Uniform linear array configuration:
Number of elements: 12
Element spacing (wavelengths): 0.5
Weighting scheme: uniform
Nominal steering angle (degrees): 30
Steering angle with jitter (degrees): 31.822
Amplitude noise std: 0.05
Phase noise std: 0.05

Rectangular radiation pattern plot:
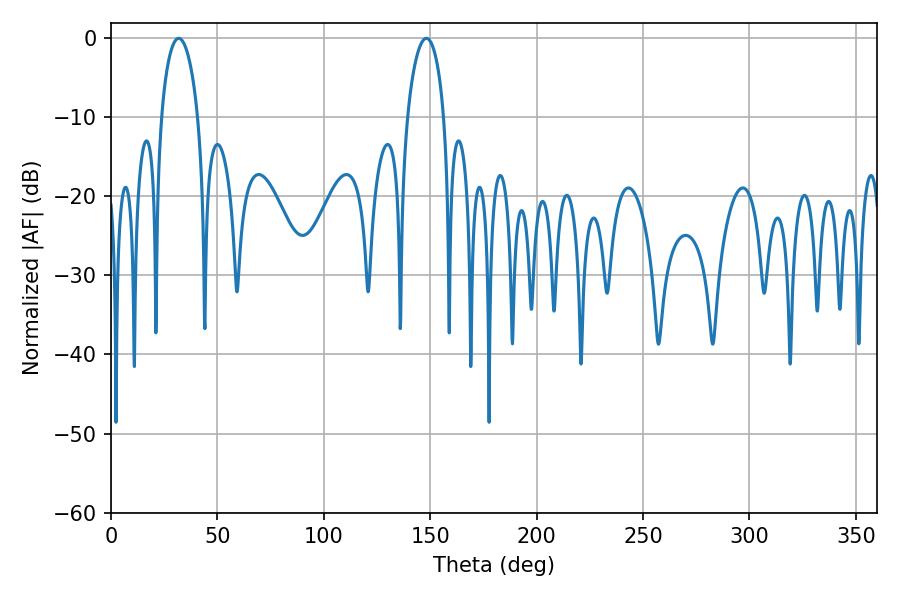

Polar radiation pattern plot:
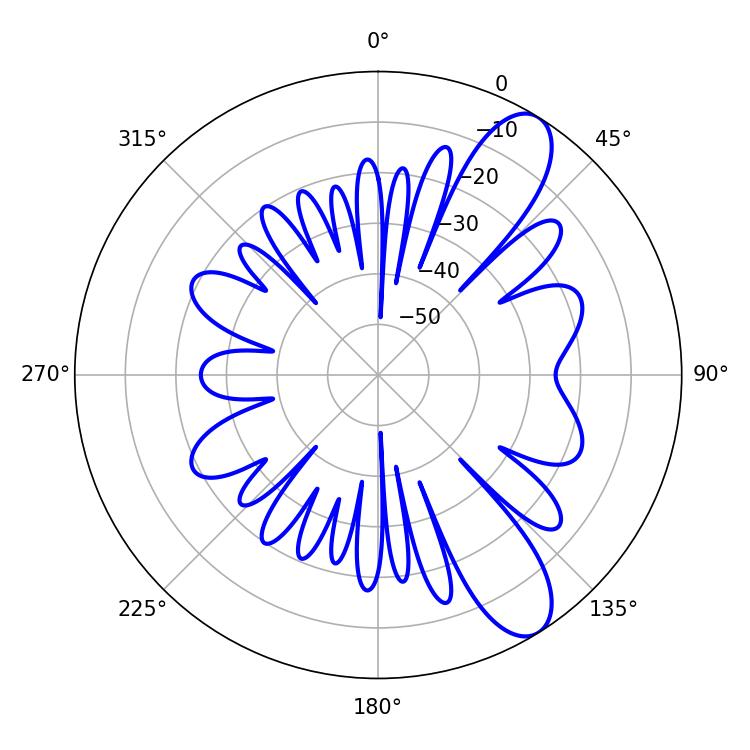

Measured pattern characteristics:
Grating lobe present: FALSE
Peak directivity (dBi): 9.938
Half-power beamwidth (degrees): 9.9
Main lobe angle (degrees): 31.86